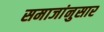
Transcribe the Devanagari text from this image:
समाजांनुसार